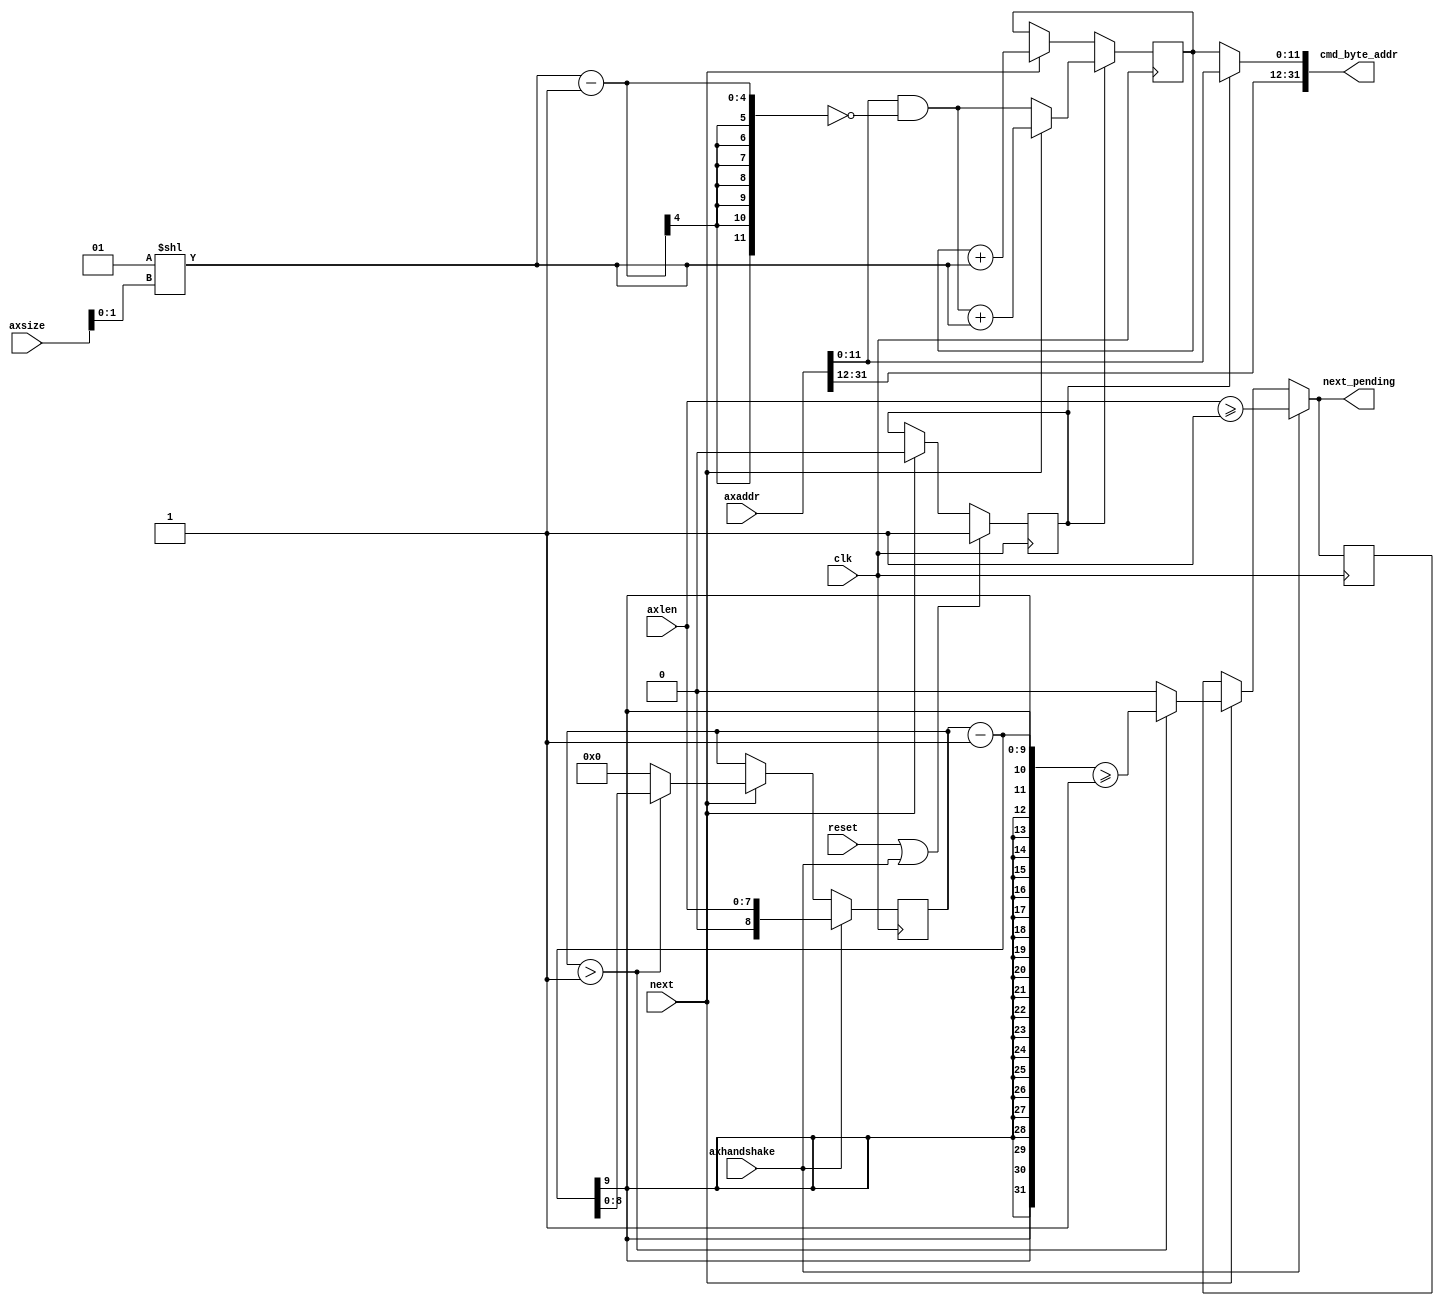
module axi_protocol_converter_v2_1_9_b2s_incr_cmd #
(
///////////////////////////////////////////////////////////////////////////////
// Parameter Definitions
///////////////////////////////////////////////////////////////////////////////
                    // Width of AxADDR
                    // Range: 32.
  parameter integer C_AXI_ADDR_WIDTH            = 32
)
(
///////////////////////////////////////////////////////////////////////////////
// Port Declarations
///////////////////////////////////////////////////////////////////////////////
  input  wire                                 clk           ,
  input  wire                                 reset         ,
  input  wire [C_AXI_ADDR_WIDTH-1:0]          axaddr        ,
  input  wire [7:0]                           axlen         ,
  input  wire [2:0]                           axsize        ,
  // axhandshake = axvalid & axready
  input  wire                                 axhandshake   ,
  output wire [C_AXI_ADDR_WIDTH-1:0]          cmd_byte_addr ,
  // Connections to/from fsm module
  // signal to increment to the next mc transaction
  input  wire                                 next          ,
  // signal to the fsm there is another transaction required
  output reg                                  next_pending

);
////////////////////////////////////////////////////////////////////////////////
// Wire and register declarations
////////////////////////////////////////////////////////////////////////////////
reg                           sel_first;
reg  [11:0]                   axaddr_incr;
reg  [8:0]                    axlen_cnt;
reg                           next_pending_r;
wire [3:0]                    axsize_shift;
wire [11:0]                   axsize_mask;

localparam    L_AXI_ADDR_LOW_BIT = (C_AXI_ADDR_WIDTH >= 12) ? 12 : 11;

////////////////////////////////////////////////////////////////////////////////
// BEGIN RTL
////////////////////////////////////////////////////////////////////////////////

// calculate cmd_byte_addr
generate
  if (C_AXI_ADDR_WIDTH > 12) begin : ADDR_GT_4K
    assign cmd_byte_addr = (sel_first) ? axaddr : {axaddr[C_AXI_ADDR_WIDTH-1:L_AXI_ADDR_LOW_BIT],axaddr_incr[11:0]};
  end else begin : ADDR_4K
    assign cmd_byte_addr = (sel_first) ? axaddr : axaddr_incr[11:0];
  end
endgenerate

assign axsize_shift = (1 << axsize[1:0]);
assign axsize_mask  = ~(axsize_shift - 1'b1);

// Incremented version of axaddr
always @(posedge clk) begin
  if (sel_first) begin
    if(~next) begin
      axaddr_incr <= axaddr[11:0] & axsize_mask;
    end else begin
      axaddr_incr <= (axaddr[11:0] & axsize_mask) + axsize_shift;
    end
  end else if (next) begin
    axaddr_incr <= axaddr_incr + axsize_shift;
  end
end

always @(posedge clk) begin
  if (axhandshake)begin
     axlen_cnt <= axlen;
     next_pending_r <= (axlen >= 1);
  end else if (next) begin
    if (axlen_cnt > 1) begin
      axlen_cnt <= axlen_cnt - 1;
      next_pending_r <= ((axlen_cnt - 1) >= 1);
    end else begin
      axlen_cnt <= 9'd0;
      next_pending_r <= 1'b0;
    end
  end
end

always @( * ) begin
  if (axhandshake)begin
     next_pending = (axlen >= 1);
  end else if (next) begin
    if (axlen_cnt > 1) begin
      next_pending = ((axlen_cnt - 1) >= 1);
    end else begin
      next_pending = 1'b0;
    end
  end else begin
    next_pending = next_pending_r;
  end
end

// last and ignore signals to data channel. These signals are used for
// BL8 to ignore and insert data for even len transactions with offset
// and odd len transactions
// For odd len transactions with no offset the last read is ignored and
// last write is masked
// For odd len transactions with offset the first read is ignored and
// first write is masked
// For even len transactions with offset the last & first read is ignored and
// last& first  write is masked
// For even len transactions no ingnores or masks.

// Indicates if we are on the first transaction of a mc translation with more
// than 1 transaction.
always @(posedge clk) begin
  if (reset | axhandshake) begin
    sel_first <= 1'b1;
  end else if (next) begin
    sel_first <= 1'b0;
  end
end

endmodule